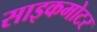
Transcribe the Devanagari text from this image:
साइकमोटर